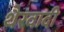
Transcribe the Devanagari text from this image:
थैरवादी